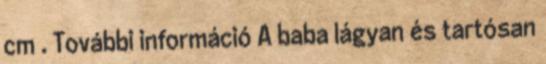
cm . További információ A baba lágyan és tartósan